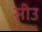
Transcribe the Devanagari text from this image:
सीउ